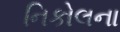
નિકોલના